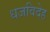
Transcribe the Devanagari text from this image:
धजविदेह